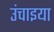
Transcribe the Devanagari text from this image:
उंचाइया